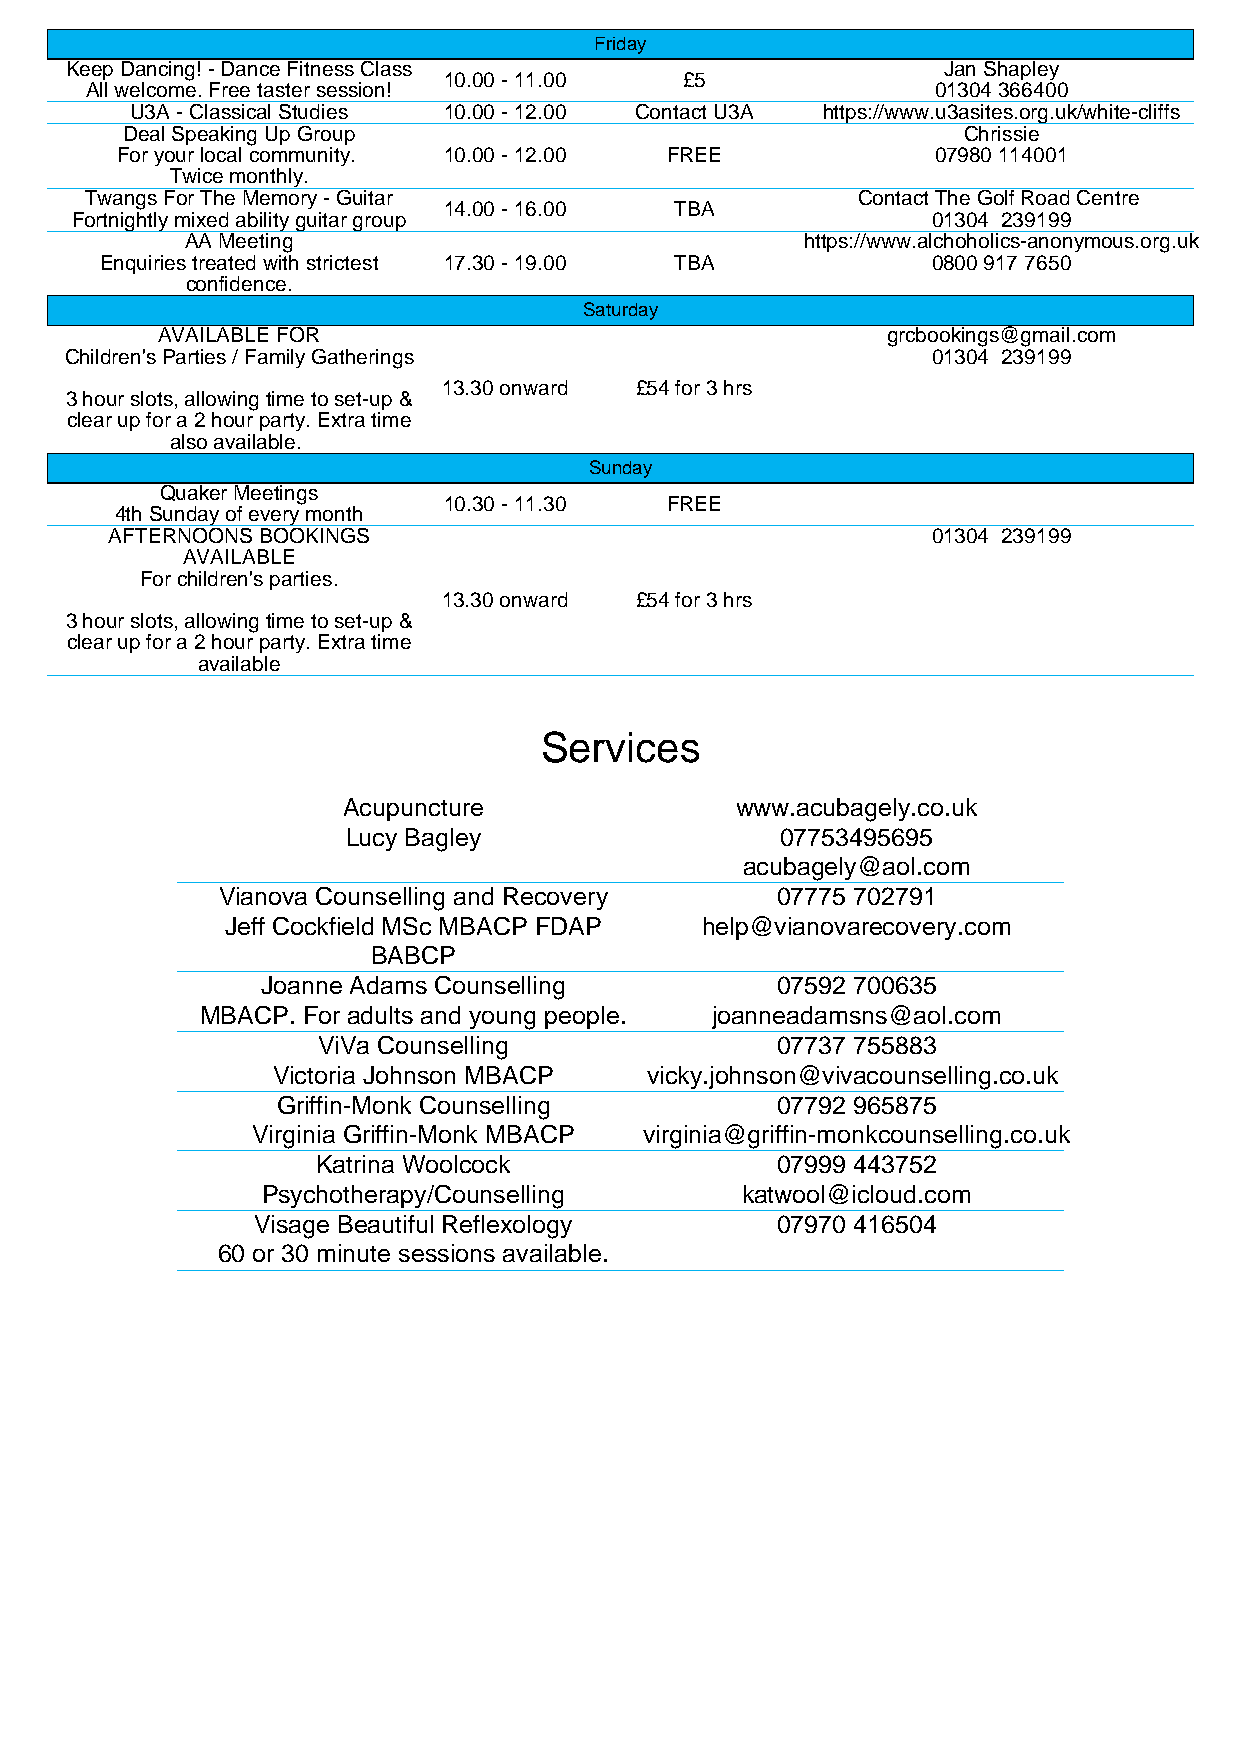
Friday
 Keep Dancing! - Dance Fitness Class                       Jan Shapley
 10.00 - 11.00   £5
 All welcome. Free taster session!                       01304 366400
 U3A - Classical Studies 10.00 - 12.00 Contact U3A https://www.u3asites.org.uk/white-cliffs
 Deal Speaking Up Group                                  Chrissie
 For your local community. 10.00 - 12.00 FREE          07980 114001
 Twice monthly.
 Twangs For The Memory - Guitar                     Contact The Golf Road Centre
 14.00 - 16.00   TBA
 Fortnightly mixed ability guitar group                   01304 239199
 AA Meeting                               https://www.alchoholics-anonymous.org.uk
 Enquiries treated with strictest 17.30 - 19.00 TBA     0800 917 7650
 confidence.
 Saturday
 AVAILABLE FOR                                    grcbookings@gmail.com
 Children's Parties / Family Gatherings                    01304 239199
 13.30 onward £54 for 3 hrs
 3 hour slots, allowing time to set-up &
 clear up for a 2 hour party. Extra time
 also available.
 Sunday
 Quaker Meetings
 10.30 - 11.30  FREE
 4th Sunday of every month
 AFTERNOONS BOOKINGS                                    01304 239199
 AVAILABLE
 For children's parties.
 13.30 onward £54 for 3 hrs
 3 hour slots, allowing time to set-up &
 clear up for a 2 hour party. Extra time
 available
 Services
 Acupuncture               www.acubagely.co.uk
 Lucy Bagley                  07753495695
 acubagely@aol.com
 Vianova Counselling and Recovery     07775 702791
 Jeff Cockfield MSc MBACP FDAP  help@vianovarecovery.com
 BABCP
 Joanne Adams Counselling          07592 700635
 MBACP. For adults and young people. joanneadamsns@aol.com
 ViVa Counselling              07737 755883
 Victoria Johnson MBACP   vicky.johnson@vivacounselling.co.uk
 Griffin-Monk Counselling         07792 965875
 Virginia Griffin-Monk MBACP virginia@griffin-monkcounselling.co.uk
 Katrina Woolcock              07999 443752
 Psychotherapy/Counselling       katwool@icloud.com
 Visage Beautiful Reflexology      07970 416504
 60 or 30 minute sessions available.